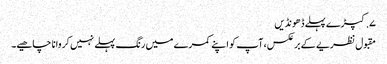
۷. کپڑے پہلے ڈھونڈیں
مقبول نظریے کے برعکس، آپ کو اپنے کمرے میں رنگ پہلے نہیں کروانا چاھیے۔